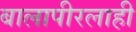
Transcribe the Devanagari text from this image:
बालापीरलाही